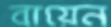
বায়েন